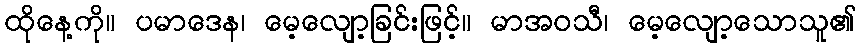
ထိုနေ့ကို။ ပမာဒေန၊ မေ့လျော့ခြင်းဖြင့်။ မာအဝသီ၊ မေ့လျော့သောသူ၏